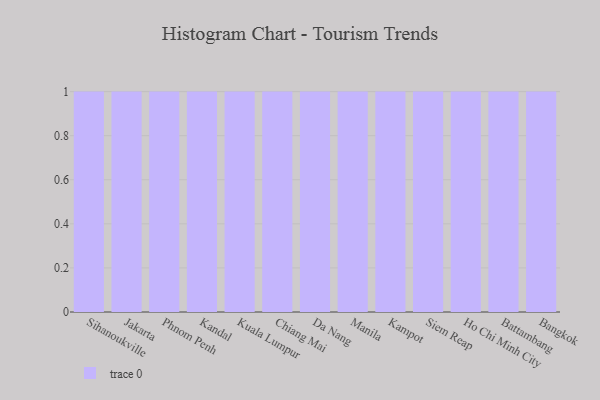
{"axis": {"x": "City", "y": "Production Output"}, "legend": [""], "data": [{"x": "Sihanoukville", "y": 25, "type": ""}, {"x": "Jakarta", "y": 25, "type": ""}, {"x": "Phnom Penh", "y": 15, "type": ""}, {"x": "Kandal", "y": 50, "type": ""}, {"x": "Kuala Lumpur", "y": 64, "type": ""}, {"x": "Chiang Mai", "y": 71, "type": ""}, {"x": "Da Nang", "y": 68, "type": ""}, {"x": "Manila", "y": 95, "type": ""}, {"x": "Kampot", "y": 97, "type": ""}, {"x": "Siem Reap", "y": 68, "type": ""}, {"x": "Ho Chi Minh City", "y": 29, "type": ""}, {"x": "Battambang", "y": 8, "type": ""}, {"x": "Bangkok", "y": 95, "type": ""}]}